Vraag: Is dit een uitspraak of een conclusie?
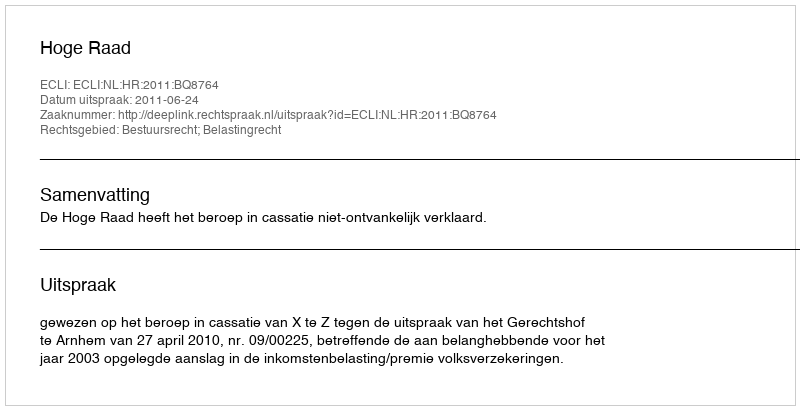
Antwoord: Uitspraak